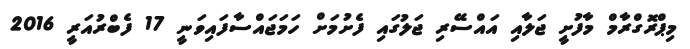
މިޕްރޮގްރާމް މާފުށީ ޖަލާއި އައްސޭރި ޖަލުގައި ފެށުމަށް ހަމަޖައްސާފައިވަނީ 17 ފެބްރުއަރީ 2016